Vaccination in Bombay 1913-1923 - 1913-1923
Year: 1913
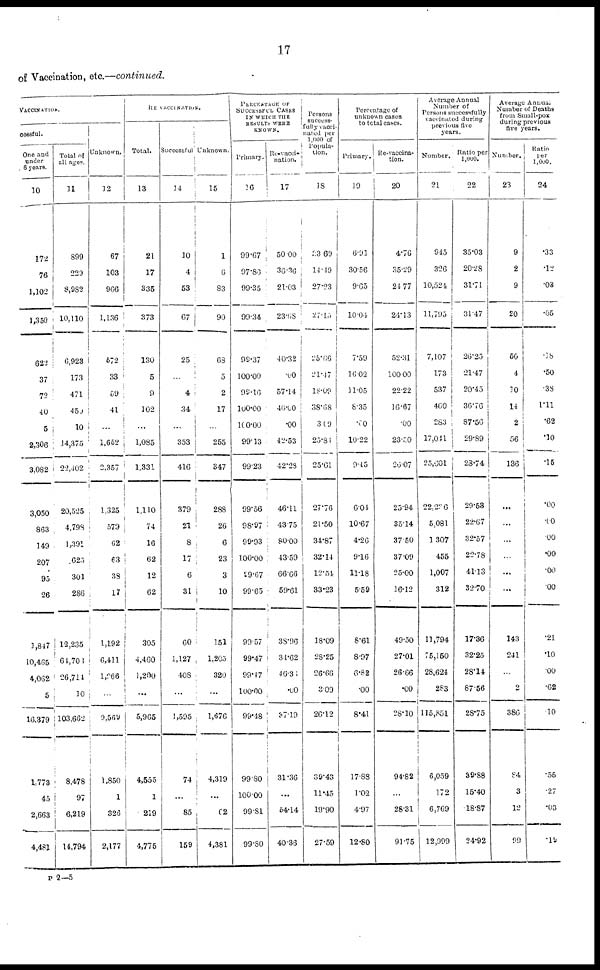
17
of Vaccination, etc.—continued.
VACCINATION.
cessful.
One and
under
6 years.
10
172
76
1,102
1,350
622
37
72
40
5
2,306
3,082
3,050
863
149
207
95
26
1,847
10,4,65
4,062
5
16,379
1,773
45
2,663
4,481
Total of
all ages.
11
899
229
8,982
10,110
6,923
173
471
450
10
14,375
22,402
20,525
4,798
1,391
625
301
286
12,235
64,708
26,714
10
103,662
8,478
97
6,219
14,794
Unknown.
12
67
103
966
1,136
572
33
59
41
...
1,662
2,357
1,325
579
62
63
38
17
1,192
6,411
1,066
...
9,569
1,850
1
326
2,177
RE VACCINATION.
Total.
13
21
17
335
373
130
5
9
102
...
1,085
1,331
1,110
74
16
62
12
62
305
4,460
1,200
...
5,965
4,555
1
219
4,775
Successful
14
10
4
53
67
25
...
4
34
...
353
416
379
21
8
17
6
31
60
1,127
408
...
1,595
74
...
85
159
Unknown.
15
1
6
83
90
68
5
2
17
...
255
347
288
26
6
23
3
10
151
1,205
320
...
1,676
4,319
...
62
4,381
PERCENTAGE OF
SUCCESSFUL CASES
IN WHICH THE
RESULTS WERE
KNOWN.
Primary.
16
99.67
97.86
99.35
99.34
99.37
100.00
99.16
100.00
100.00
99.13
99.23
99.56
98.97
99.93
100.00
29.67
99.65
99.57
99.47
99.47
100.00
99.48
99.80
100.00
99.81
99.80
Re-vacci-
nation.
17
50.00
36.36
21.03
23.68
40.32
.00
57.14
40.00
.00
42.53
42.28
46.11
43.75
80.00
43.59
66.66
59.61
38.96
34.62
46.36
.00
37.19
31.36
...
54.14
40.36
Persons
success-
fully vacci¬
nated per
1,000 of
Popula¬
tion.
18
33.60
14.49
27.23
27.15
25.66
21.47
18.09
38.68
309
25.84
25.61
27.76
21.50
34.87
32.14
12.54
33.23
18.09
28.25
26.66
3.09
26.12
39.43
11.45
19.90
27.59
Percentage of
unknown cases
to total cases.
Primary.
19
6.91
30.56
9.65
10.04
7.59
16.02
11.05
8.35
.00
10.22
9.45
6.04
10.67
4.26
9.16
11.18
5.59
8.61
8.97
6.82
.00
8.41
17.88
1.02
4.97
12.80
Re-vaccina¬
tion.
20
4.76
35.29
24.77
24.13
52.31
100.00
22.22
16.67
.00
23.50
26.07
25.94
35.14
37.50
37.09
25.00
16.12
49.50
27.01
26.66
.00
28.10
94.82
...
28.31
91.75
Average Annual
Number of
Persons successfully
vaccinated during
previous five
years.
Number.
21
945
326
10,524
11,795
7,107
173
537
460
283
17,041
25,601
22,226
5,081
1,307
455
1,007
312
11,794
75,150
28,624
283
115,851
6,059
172
6,769
12,999
Ratio per
1,000.
22
35.03
20.28
31.71
31.47
26.25
21.47
20.45
36.76
87.56
29.89
28.74
29.53
22.67
32.57
22.78
41.13
32.70
17.36
32.25
28.14
87.56
28.75
39.88
15.40
18.87
24.92
Average Annual
Number of Deaths
from Small-pox
during previous
five years.
Number.
23
9
2
9
20
50
4
10
14
2
56
136
...
...
...
...
...
...
143
241
...
2
386
84
3
12
99
Ratio
per
1,000.
24
.33
.12
.03
.05
.18
.50
.38
1.11
.62
.10
.15
.00
.00
.00
.00
.00
.00
.21
.10
.00
.62
.10
.55
.27
.03
.19
P 2—5